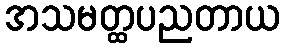
အသမတ္ထပညတာယ